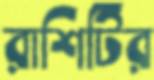
রাশিটির